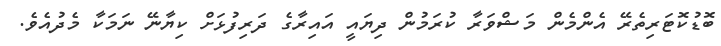
ބޮޑުކޮޓަރިތެރޭ އެންމެން މަޝްވަރާ ކުރަމުން ދިޔައީ އައިރާގެ ދަރިފުޅަށް ކިޔާނޭ ނަމަކާ މެދުއެވެ.